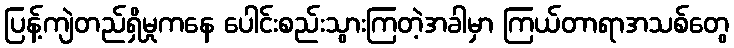
ပြန့်ကျဲတည်ရှိမှုကနေ ပေါင်းစည်းသွားကြတဲ့အခါမှာ ကြယ်တာရာအသစ်တွေ